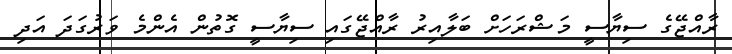
ރާއްޖޭގެ ސިޔާސީ މަޝްރަހަށް ބަލާއިރު ރާއްޖޭގައި ސިޔާސީ ގޮތުން އެންމެ ވަރުގަދަ އަދި